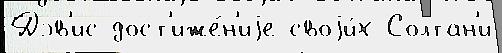
Дэв'ис дост'иже́н'иjе своjи́х Солтан'и